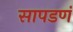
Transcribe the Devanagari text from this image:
सापडणं